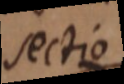
sectio